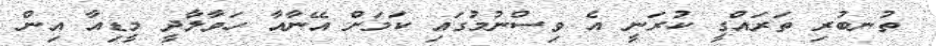
ތުނބުރި ތަރައްގީ ކުރަނީ އެ ވިސްނުމުގައި ކަމަށް އޭނާއާ ހަވާލާދީ މީޑިއާ އިން